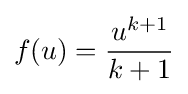
f(u)={\frac {u^{k+1}}{k+1}}